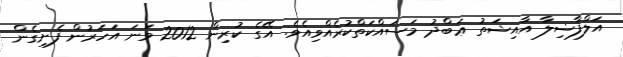
އަލްފާޟިލާ އާއިޝަތު ޢަބްދު މަސައްކަތްކުރެއްވިއެވެ. އޭގެ ކުރިން 2012 ވަނަ އަހަރުން ފެށިގެން